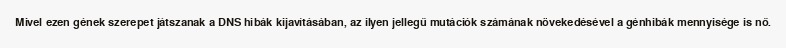
Mivel ezen gének szerepet játszanak a DNS hibák kijavításában, az ilyen jellegű mutációk számának növekedésével a génhibák mennyisége is nő.